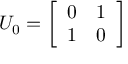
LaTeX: U _ { 0 } = { \left[ \begin{array} { l l } { 0 } & { 1 } \\ { 1 } & { 0 } \end{array} \right] }